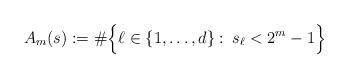
LaTeX: \begin{align*}A_m(s) := \# \Big\{\ell\in\{1,\dots,d\}\,\colon\, s_\ell < 2^m-1 \Big\}\end{align*}